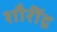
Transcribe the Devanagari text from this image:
शौरींद्र